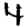
Digit: 4